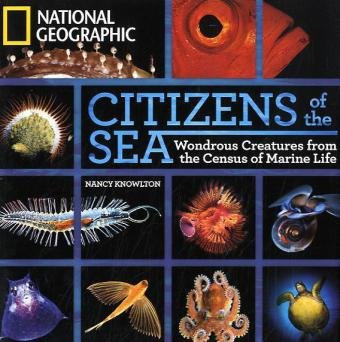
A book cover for Citizens of the Sea: Wondrous Creatures From the Census of Marine Life; Nancy Knowlton; Science & Math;